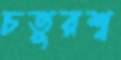
চতুরশ্ব